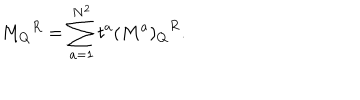
{ M _ { Q } } ^ { R } = \sum _ { a = 1 } ^ { N ^ { 2 } } t ^ { a } { ( M ^ { a } ) _ { Q } } ^ { R } .